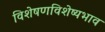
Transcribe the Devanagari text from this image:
विशेषणविशेष्यभाव